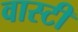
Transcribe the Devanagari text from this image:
वास्टी